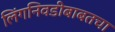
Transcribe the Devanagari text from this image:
लिंगनिवडीबाबतचा